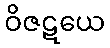
ဝိဇဋယေ